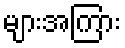
များအကြား